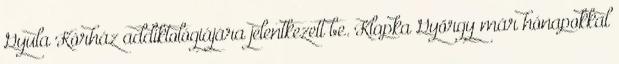
Gyula Kórház addiktológiájára jelentkezett be. Klapka György már hónapokkal